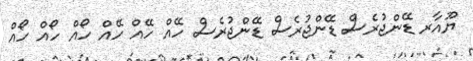
ޔޫއާރ ޑޭންޖުރެސް ޑޭންޖުރެސް ޑޭންޖުރެސް ހޭއް ހޭއް ހޭއް ހޯއް ހޯއް ހޯއް